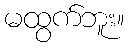
မထွက်ဘူး။